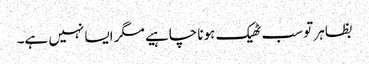
بظاہر تو سب ٹھیک ہونا چاہیے مگر ایسا نہیں ہے۔